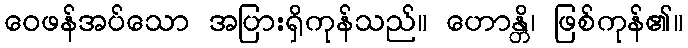
ဝေဖန်အပ်သော အပြားရှိကုန်သည်။ ဟောန္တိ၊ ဖြစ်ကုန်၏။